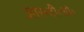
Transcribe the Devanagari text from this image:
आर॰टी॰ओ॰